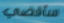
سأقضي